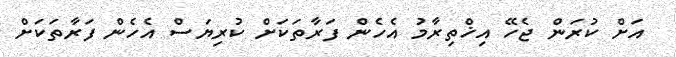
އަށް ކުރަން ޖެހޭ އިޚްތިރާމު އެހެން ފަރާތަކަށް ކުރިޔަސް އެހެން ފަރާތަކަށް